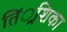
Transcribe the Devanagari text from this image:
तिं्रशिका